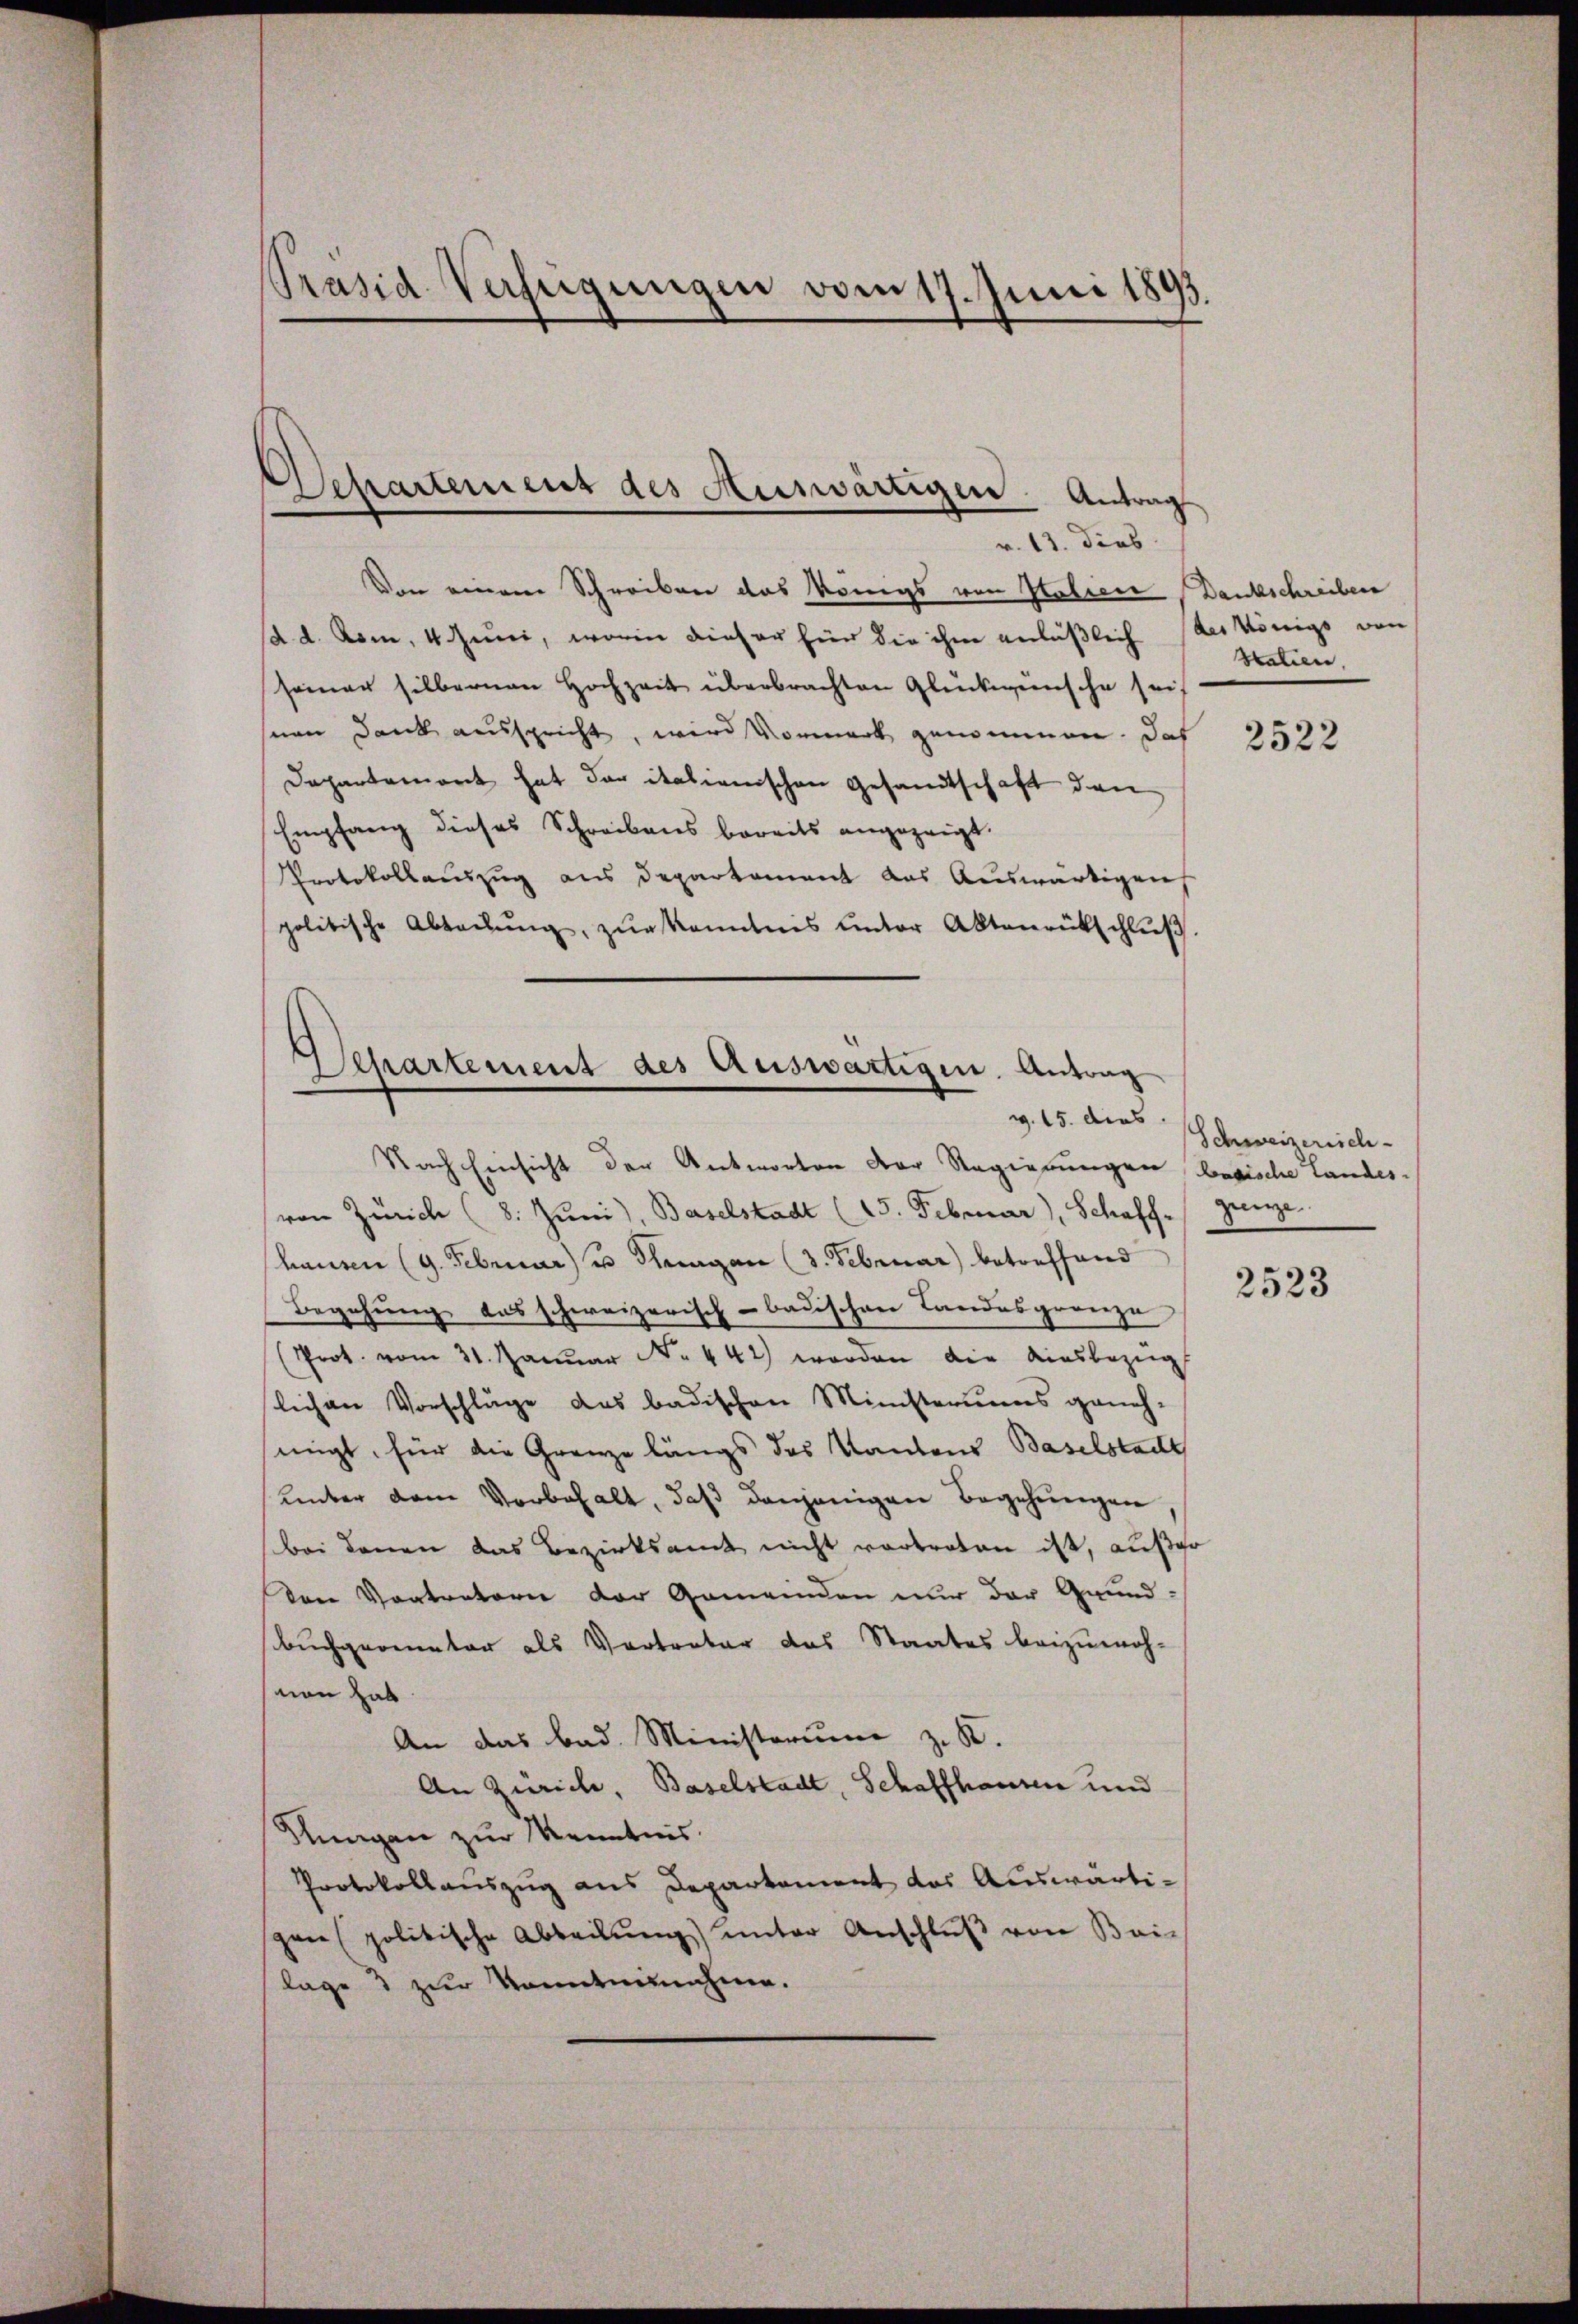
Präsid. Verfeigungen vom 17. Juni 1895

Separtemens des Auswärtigen. Antrag
v. 13. dies

Von einem Schreiben das Königs von Haliene Dankschreiben
d. d. Rom, 4. Juni, worin dieser für die ihm anläßlich des Königs von
seiner silbernen Hochzeit überbrachten Glückwünsche sei
seen Dank ausspricht, wird Vormerk genommen. Das
Departemont hat der italienischen Gesandtschaft den
Empfang dieses Schreibens bereits angezeigt.
Protokollauszug aus Departement das Auswärtigen
politische Abtadŭng, zŭr Kenntnis unter Aktenrütschlŭβ
Separtement des Auswärtigen. Antrag

v. 15. dies
Nach Einsicht der Antworten der Regierungen badische Landes¬

von Zürich (8. Juni), Baselstadt (15. Februar), Schaff-
hausen (9. Februar u Thurgau (3. Februar) betreffend
Begehung aus schweizerisch-badischen Landesgrenze
(Prot. vom 31. Januar No. 442) worden die Ausbezügl
lichen Vorschläge das badischen Ministeriums geneh-
singt, für die Grenze längs des Kantons Baselstadt
unter dem Vorbehalt, daß denjenigen Begehungen
bei denen das Bezirksamt nicht vortreten ist, außer
Den Vortretern der Gemeinden nur der Grund-
buchgeometer als Vertreter das Staates beizuwoh-
mon hab
An das bad. Ministerium z. B.
An Zürich, Baselstadt, Schaffhausen und
Hungen zur Kenntnis.
Protokollauszug aus Deparkament das Auswärtigen (politische Abteilŭng ŭnter Anschlŭβ von Bai-
lage 3 zur Sonntennahme.

Statien,

2522

Schweizerrich-
zenge

2523